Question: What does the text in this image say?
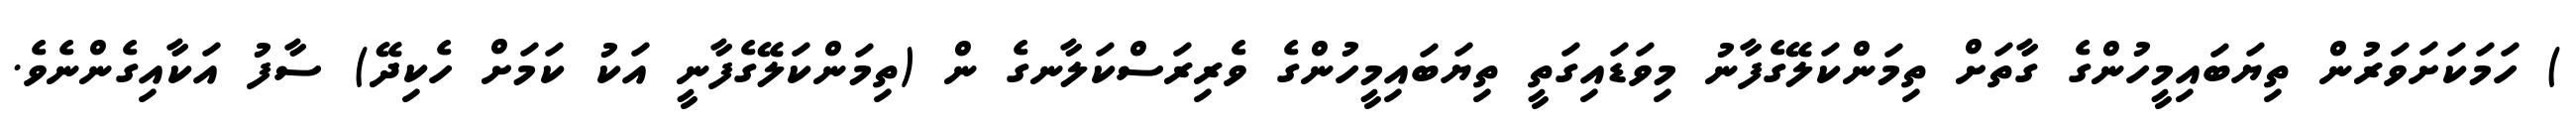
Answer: ) ހަމަކަށަވަރުން ތިޔަބައިމީހުންގެ ގާތަށް ތިމަންކަލޭގެފާނު މިވަޑައިގަތީ ތިޔަބައިމީހުންގެ ވެރިރަސްކަލާނގެ ން (ތިމަންކަލޭގެފާނީ އަކު ކަމަށް ހެކިދޭ) ސާފު އަކާއިގެންނެވެ.